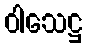
ဝါသေဋ္ဌ